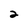
Character: 2